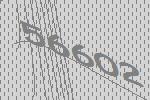
56602